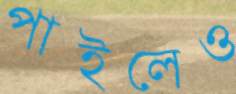
পাইলেও